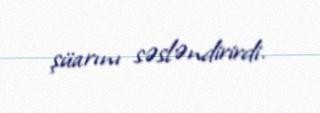
şüarını səsləndirirdi.